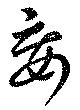
妄